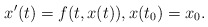
\begin{align*}x'(t)=f(t,x(t)), x(t_0)=x_0.\end{align*}